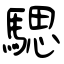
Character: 騦